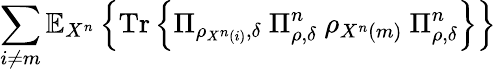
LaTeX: \sum_{i\neq m}\mathbb{E}_{X^{n}}\left\{ {\mathrm{Tr}}\left\{ \Pi_{\rho_{X^{n}\left(i\right)},\delta}\ \Pi_{\rho,\delta}^{n}\ \rho_{X^{n}\left(m\right)}\ \Pi_{\rho,\delta}^{n}\right\} \right\}